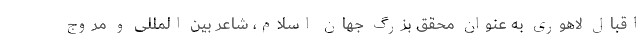
اقبال لاهوری به عنوان محقق بزرگ جهان اسلام، شاعر بین المللی و مروج